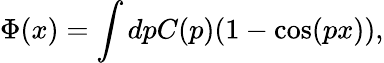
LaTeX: \Phi(x)=\int dpC(p)(1-\cos(px)),